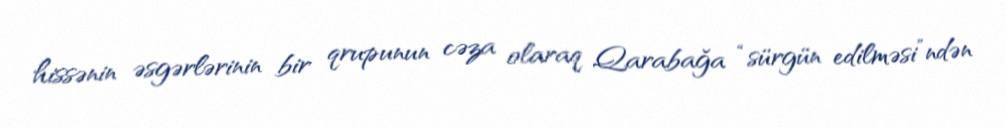
hissənin əsgərlərinin bir qrupunun cəza olaraq Qarabağa “sürgün edilməsi”ndən